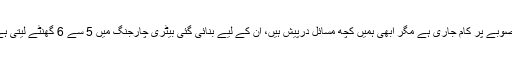
انہوں نے تفصیل بتاتے ہوئے کہا کہ اس منصوبے پر کام جاری ہے مگر ابھی ہمیں کچھ مسائل درپیش ہیں، ان کے لیے بنائی گئی بیٹری چارجنگ میں 5 سے 6 گھنٹے لیتی ہے، اسے بہتر بنانے کے لیے کام جاری ہے۔